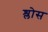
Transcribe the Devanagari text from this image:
श्लोस